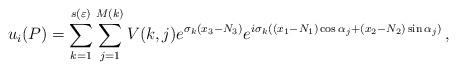
LaTeX: \begin{align*} u_i({ P}) = \sum_{k=1}^{s(\varepsilon)} \sum_{j=1}^{M(k)} V(k,j) e^{\sigma_k (x_3-N_3)} e^{i\sigma_k( (x_1-N_1) \cos \alpha_j + (x_2-N_2) \sin \alpha_j )} \, , \end{align*}